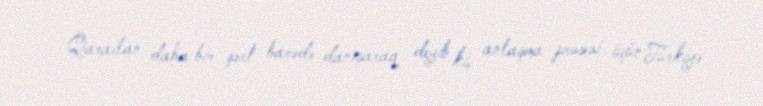
Qarailan daha bir şərt barədə danışaraq deyib ki, anlaşma prosesi üçün Türkiyə